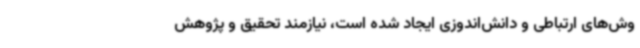
وش‌های ارتباطی و دانش‌اندوزی ایجاد شده است، نیازمند تحقیق و پژوهش